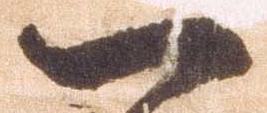
一